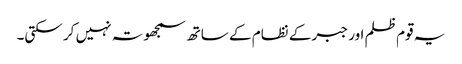
یہ قوم ظلم اور جبر کے نظام کے ساتھ سمجھوتہ نہیں کر سکتی۔